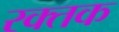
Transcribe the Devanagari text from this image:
रक्‍तक